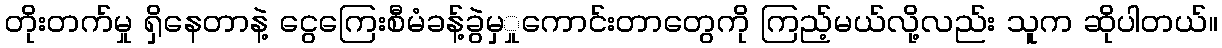
တိုးတက်မှု ရှိနေတာနဲ့ ငွေကြေးစီမံခန့်ခွဲမှှုကောင်းတာတွေကို ကြည့်မယ်လို့လည်း သူက ဆိုပါတယ်။